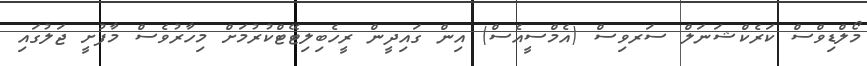
މޯލްޑިވްސް ކަރެކްޝަނަލް ސަރވިސް (އެމްސީއެސް) އިން ގައިދީން ރީހެބިލިޓޭޓްކުރުމަށް މިހާރުވެސް މާފުށީ ޖަލުގައި